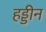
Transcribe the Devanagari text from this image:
हड्डीन